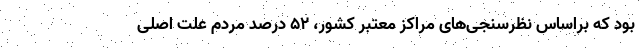
بود که براساس نظرسنجی‌های مراکز معتبر کشور، ۵۲ درصد مردم علت اصلی